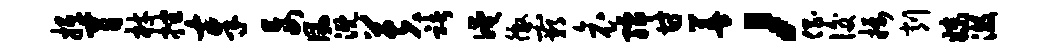
抵宵材挫奉妄风溉芙褚淹徼霸哀孺甘善，倡后摄削妹澈